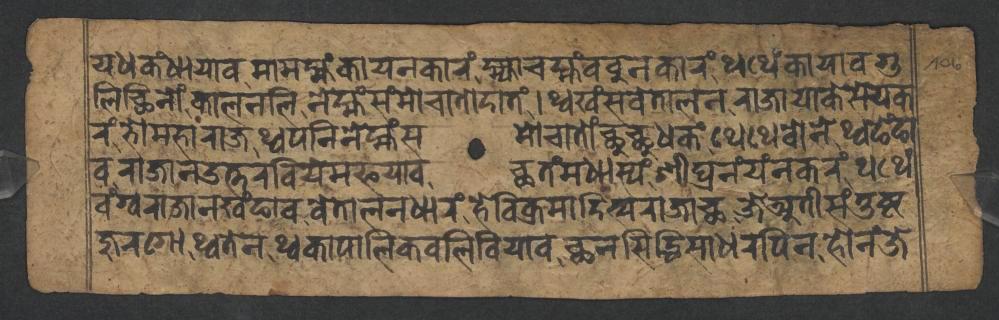
𑐫𑐢𑐎𑑄𑐢𑐵𑐫𑐵𑐰𑐩𑐵𑐩𑐩𑑂𑐴𑑄𑐎𑐵𑐫𑐣𑐎𑐵𑐬𑑄𑐩𑑂𑐴𑑂𑐫𑐵𑐔𑐩𑑂𑐴𑑄𑐧𑐧𑐸𑐣𑐎𑐵𑐬𑑄𑐠𑐠𑐾𑑄𑐎𑐵𑐫𑐵𑐰𑐐𑐸 𑐮𑐶𑐕𑐶𑐣𑑀𑑄𑐎𑐵𑐮𑐣𑐮𑐶𑐣𑐾𑐩𑑂𑐴𑑄𑐳𑑄𑐩𑑀𑐔𑐵𑐟𑑀𑐡𑐵𑐟𑑄𑑋𑐠𑑂𑐰𑐏𑑄𑐳𑐰𑐾𑐟𑐵𑐮𑐣𑐬𑐵𑐖𑐵𑐫𑐵𑐎𑐾𑐳𑐾𑐫𑐎 𑐬𑑄𑐨𑑀𑐩𑐴𑐵𑐬𑐵𑐖𑐠𑑂𑐰𑐥𑐣𑐶𑐣𑐾𑐩𑑂𑐴𑑄𑐳𑐩𑑀𑐔𑐵𑐟𑑀𑑄𑐕𑐸𑐕𑐸𑐢𑐎𑑄𑐠𑐾𑐠𑐾𑐧𑑀𑐣𑐾𑐠𑑂𑐰𑐒𑐾𑑄𑐒𑐵 𑐰𑐬𑐵𑐖𑐵𑐣𑑁𑐟𑑂𑐟𑐬𑐧𑐶𑐫𑐾𑐩𑐦𑐫𑐵𑐰𑐕𑐟𑑄𑐩𑐢𑐵𑐳𑑂𑐫𑑄𑐱𑐷𑐑𑑂𑐬𑐣𑑄𑐫𑑄𑐣𑐎𑐬𑑄𑐠𑐠𑐾𑑄 𑐰𑑄𑐐𑑂𑐰𑐬𑐵𑐖𑐵𑐣𑐏𑑄𑐒𑐵𑐰𑐰𑐾𑐟𑐵𑐮𑐣𑐢𑐵𑐬𑑄𑐴𑐾𑐰𑐶𑐎𑑂𑐬𑐩𑐵𑐡𑐶𑐟𑑂𑐫𑐬𑐵𑐖𑐵𑐕𑐖𑐾𑐀𑐟𑐷𑐳𑑄𑐟𑐸𑐲𑑂𑐚 𑐖𑐸𑐬𑐐𑑀𑐠𑑂𑐰𑐟𑐾𑐣𑐠𑑂𑐰𑐎𑐵𑐥𑐵𑐮𑐶𑐎𑐧𑐮𑐶𑐧𑐶𑐫𑐵𑐰𑐕𑐣𑐳𑐶𑐡𑑂𑐢𑐶𑐳𑐵𑐢𑐬𑐥𑐶𑐣𑐴𑑀𑐣𑑄𑐖𑐾